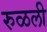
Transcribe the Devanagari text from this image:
रुळली